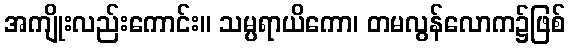
အကျိုးလည်းကောင်း။ သမ္ပရာယိကော၊ တမလွန်လောက၌ဖြစ်